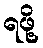
ရဖို့